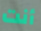
أنت